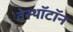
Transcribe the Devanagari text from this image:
वेस्थॉटॉन